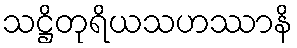
သဋ္ဌိတုရိယသဟဿာနိ